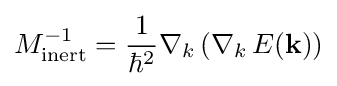
M_{\text{inert}}^{-1}={\frac {1}{\hbar ^{2}}}\nabla _{k}\left(\nabla _{k}\,E(\mathbf {k} )\right)